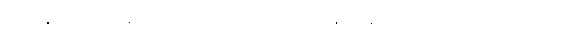
ကျိုးနွံခြင်းရှိကုန်သည်ဖြစ်၍။ ဝိဟရန္တိ၊ နေကုန်၏။ သမာဓိသ္မိံ၊ သမာဓိ၌။